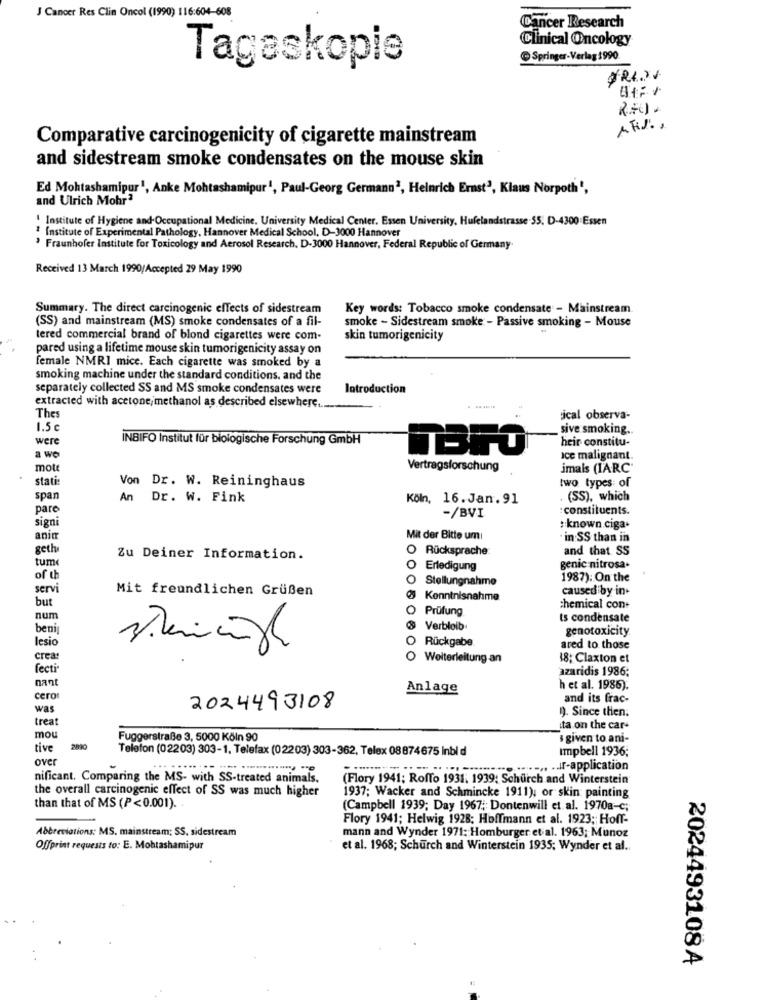
J Cancer Res Clin Oncol (1990) 116:604-608
Cancer Research
Clinical Oncology
Springer-Verlag 1990
Tageskopie
Comparative carcinogenicity of cigarette mainstream
and sidestream smoke condensates on the mouse skin
Ed Mohtashamipur1, Anke Mohtashamipur', Paul-Georg Germann2, Heinrich Ernst2, Klaus Norpoth",
and Ulrich Mohr?
Institute of Hygiene and Occupational Medicine, University Medical Center. Essen University. Hufelandstrasse.55. D-4300 Essen
2 Institute of Experimental Pathology, Hannover Medical School, D-3000 Hannover
Fraunhofer Institute for Toxicology and Aerosol Research, D-3000 Hannover, Federal Republic of Germany.
Received 13 March 1990/Accepted 29 May 1990
Summary. The direct carcinogenic effects of sidestream
Key words: Tobacco smoke condensate - Mainstream
(SS) and mainstream (MS) smoke condensates of a fil-
smoke - Sidestream smoke - Passive smoking - Mouse
tered commercial brand of blond cigarettes were com-
skin tumorigenicity
pared using a lifetime mouse skin tumorigenicity assay on
female NMRI mice. Each cigarette was smoked by a
smoking machine under the standard conditions, and the
separately collected SS and MS smoke condensates were
Introduction
extracted with acetone methanol as described elsewhere ...
Thes
ical observa-
1.5 €
sive smoking.
were
INBIFO Institut für biologische Forschung GmbH
heir constitu-
TBF0
a wo
Ice malignant
mott
Vertragsforschung
imals (IARC'
stati
two types of
Von Dr. W. Reininghaus
spar
An Dr. W. Fink
Köln, 16.Jan.91
. (SS), which
pare
constituents.
signi
-/BVI
: known ciga+
anin
Mit der Bitte um
in SS than in
geth
O Rücksprache
and that SS
tume
Zu Deiner Information.
O
Erledigung
genic nitrosa.
of u
O
Stellungnahme
1987): On the
servi
Mit freundlichen Grüßen
caused by in+
but
6 Kenntnisnahme
O Prüfung
chemical con+
num
ts condensate
beni
& Verbleib
genotoxicity
lesio
O Rückgabe
strainingh
ared to those
crea
O Weiterleitung an
18; Claxton et
fecti
azaridis 1986;
nant
Anlage
h et al. 1986).
cero
and its frac-
was
2024493108
1). Since then.
trea
ita on the car-
mou
Fuggerstraße 3, 5000 Köln 90
s given to ani-
tive
2010
Telefon (02203) 303-1. Telefax (02203) 303-362, Telex 08874675 Inbi d
Impbell 1936;
over
... ...- application
nificant. Comparing the MS- with SS-treated animals.
(Flory 1941; Roffo 1931, 1939; Schurch and Winterstein
the overall carcinogenic effect of SS was much higher
1937; Wacker and Schmincke 1911), or skin painting
than that of MS (P<0.001). .
(Campbell 1939; Day 1967; Dontenwill et al. 19708-c;
Flory 1941; Helwig 1928; Hoffmann et al. 1923; Hoff-
Abbreviations: MS. mainstream; SS. sidestream
mann and Wynder 1971: Homburger et al. 1963; Munoz
Offprint requests to: E. Mobrashamipur
et al. 1968; Schurch and Winterstein 1935; Wynder et al ..
2024493108 A